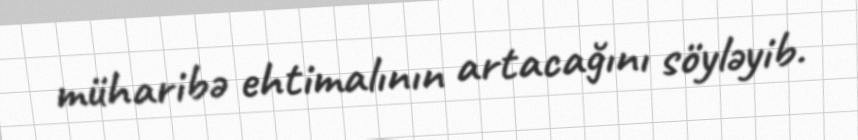
müharibə ehtimalının artacağını söyləyib.